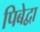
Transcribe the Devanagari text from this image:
पिबेद्वा